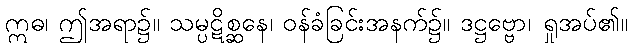
ဣဓ၊ ဤအရာ၌။ သမ္ပဋိစ္ဆနေ၊ ဝန်ခံခြင်းအနက်၌။ ဒဋ္ဌဗ္ဗော၊ ရှုအပ်၏။